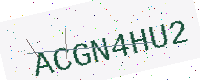
Text: ACGN4HU2